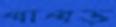
পাপড়